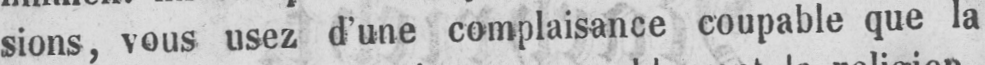
sions, vous usez d’une complaisance coupable que la